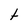
Character: t